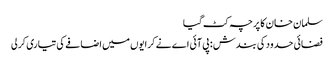
سلمان خان کا پرچہ کٹ گیا
فضائی حدود کی بندش : پی آئی اے نے کرایوں میں اضافے کی تیاری کرلی